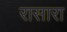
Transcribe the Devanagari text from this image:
रासारा